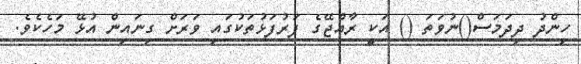
ހިންދު ދިދަމަސް()ނުވަތަ () އަކީ ރާއްޖޭގެ ފަރުފަޅުތަކުގައި ވަރަށް ގިނައިން އުޅޭ މަހެކެވެ.